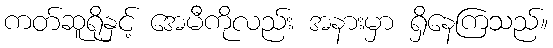
ကတ်ဆူရိုနှင့် အေမီကိုလည်း အနားမှာ ရှိနေကြသည်။